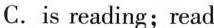
C. is reading；read